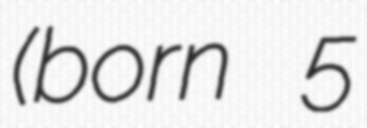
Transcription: (born 5